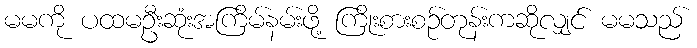
မမကို ပထမဦးဆုံးအကြိမ်နမ်းဖို့ ကြိုးစားစဉ်တုန်းကဆိုလျှင် မမသည်